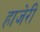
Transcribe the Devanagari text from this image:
हाजेरी